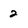
Character: 2